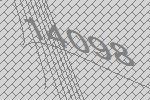
14098